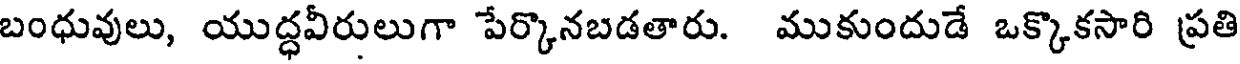
బంధువులు, యుద్ధవీరులుగా పేర్కొనబడతారు. ముకుందుడే ఒక్కొకసారి ప్రతి